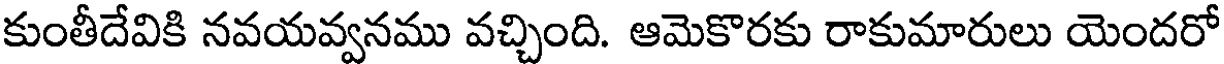
కుంతీదేవికి నవయవ్వనము వచ్చింది. ఆమెకొరకు రాకుమారులు యెందరో